Indian journal of veterinary science and animal husbandry - Volumes 22-23, 1952-1953
Year: 1952
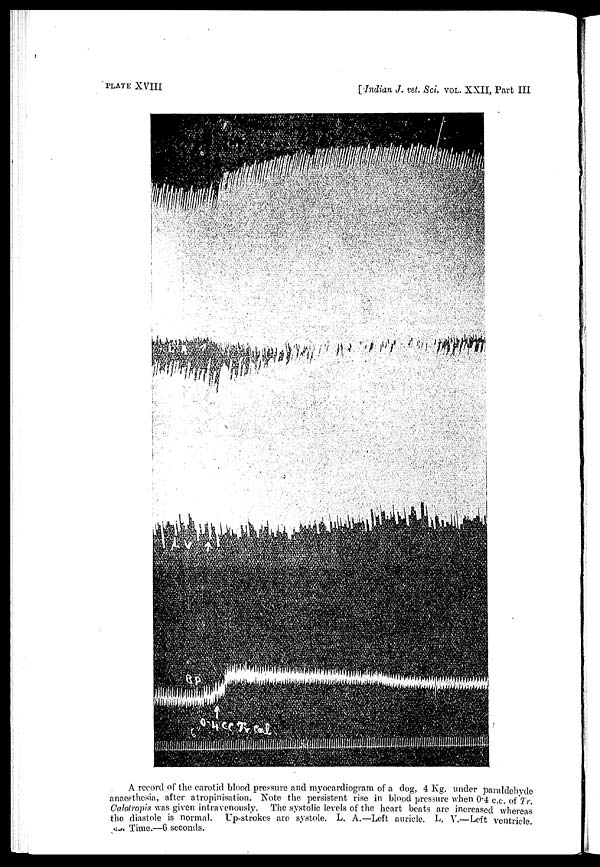
PLATE XVIII
[ Indian J. vet. Sci. VOL. XXII, Part III
A record of the carotid blood pressure and myocardiogram of a dog, 4 Kg. under paraldehyde
anaesthesia, after atropinisation. Note the persistent rise in blood pressure when 0.4 c.c. of Tr.
Calotropis was given intravenously. The systolic levels of the heart beats are increased whereas
the diastole is normal. Up-strokes are systole. L. A.—Left auricle. L. V.—Left ventricle.
Time.—6 seconds.